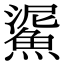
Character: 𩸧